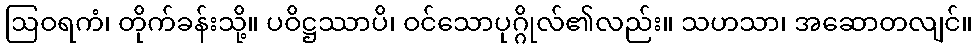
ဩဝရကံ၊ တိုက်ခန်းသို့။ ပဝိဋ္ဌဿာပိ၊ ဝင်သောပုဂ္ဂိုလ်၏လည်း။ သဟသာ၊ အဆောတလျင်။